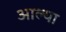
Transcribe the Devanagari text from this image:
अाल्या